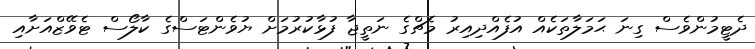
ދެޓީމުންވެސް ގިނަ ޙަމަލާތަކެއް އުފެއްދިއިރު މެޗްގެ ނަތީޖާ ފުޅާކުރުމަށް ޔުވެންޓަސްގެ ކާލޯސް ޓެވޭޒްއަށާއި